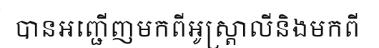
បានអញ្ជើញមកពីអូស្ត្រាលីនិងមកពី